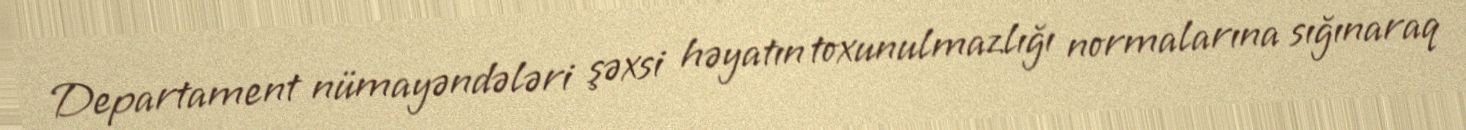
Departament nümayəndələri şəxsi həyatın toxunulmazlığı normalarına sığınaraq